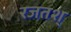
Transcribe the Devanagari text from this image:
रजतश्